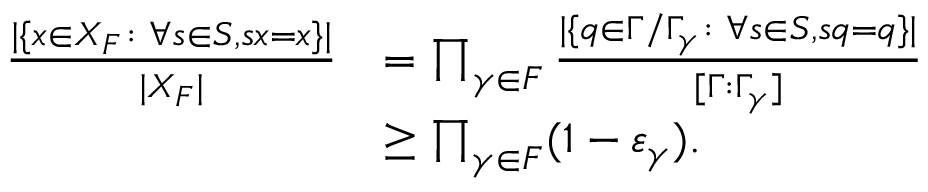
\begin{array} { r l } { \frac { \lvert \{ x \in X _ { F } \colon \forall s \in S , s x = x \} \rvert } { \lvert X _ { F } \rvert } } & { = \prod _ { \gamma \in F } \frac { \lvert \{ q \in \Gamma / \Gamma _ { \gamma } \colon \forall s \in S , s q = q \} \rvert } { [ \Gamma : \Gamma _ { \gamma } ] } } \\ & { \geq \prod _ { \gamma \in F } ( 1 - \varepsilon _ { \gamma } ) . } \end{array}